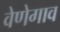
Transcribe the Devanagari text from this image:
वेणेगाव